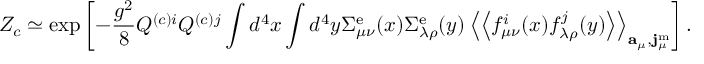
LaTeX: { \cal Z } _ { c } \simeq \exp \left[ - \frac { g ^ { 2 } } { 8 } Q ^ { ( c ) i } Q ^ { ( c ) j } \int d ^ { 4 } x \int d ^ { 4 } y \Sigma _ { \mu \nu } ^ { \mathrm { e } } ( x ) \Sigma _ { \lambda \rho } ^ { \mathrm { e } } ( y ) \left< \left< f _ { \mu \nu } ^ { i } ( x ) f _ { \lambda \rho } ^ { j } ( y ) \right> \right> _ { { \bf a } _ { \mu } , { \bf j } _ { \mu } ^ { \mathrm { m } } } \right] .